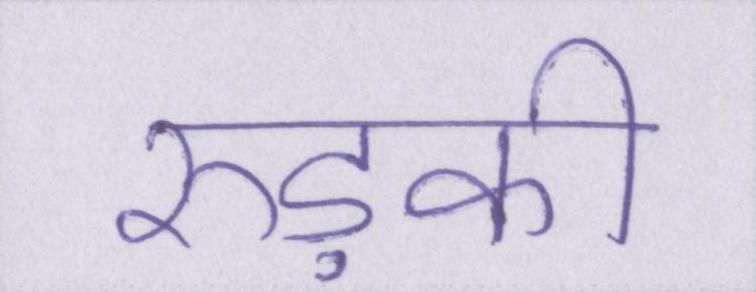
रुड़की